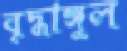
বৃদ্ধাঙ্গুল